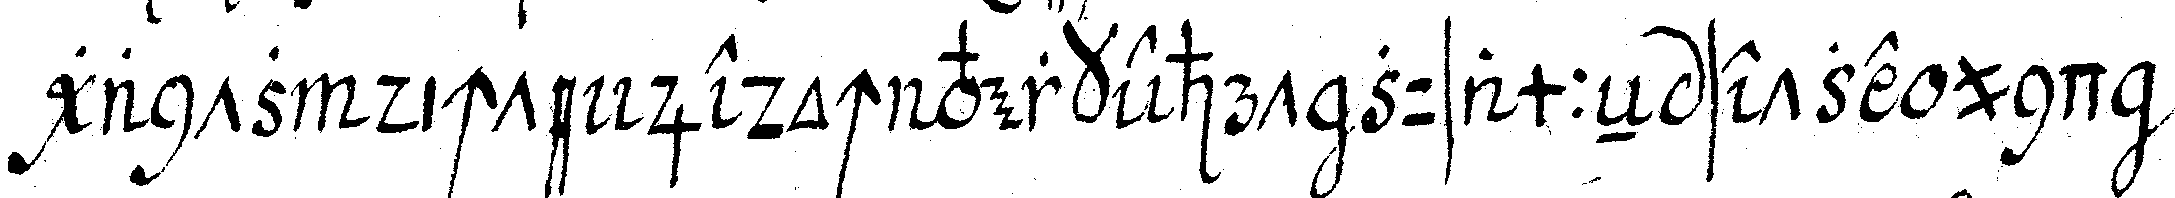
gantz dichte jedoch verkehrt zusammeN setze und